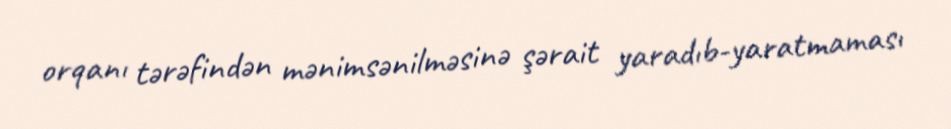
orqanı tərəfindən mənimsənilməsinə şərait yaradıb-yaratmaması